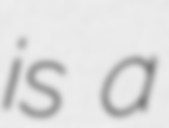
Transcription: is a